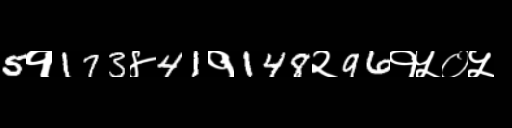
Text: 5१173४41१148२96१५०५